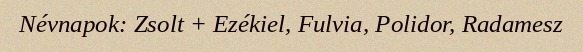
Névnapok: Zsolt + Ezékiel, Fulvia, Polidor, Radamesz